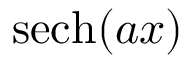
\operatorname { s e c h } ( a x )